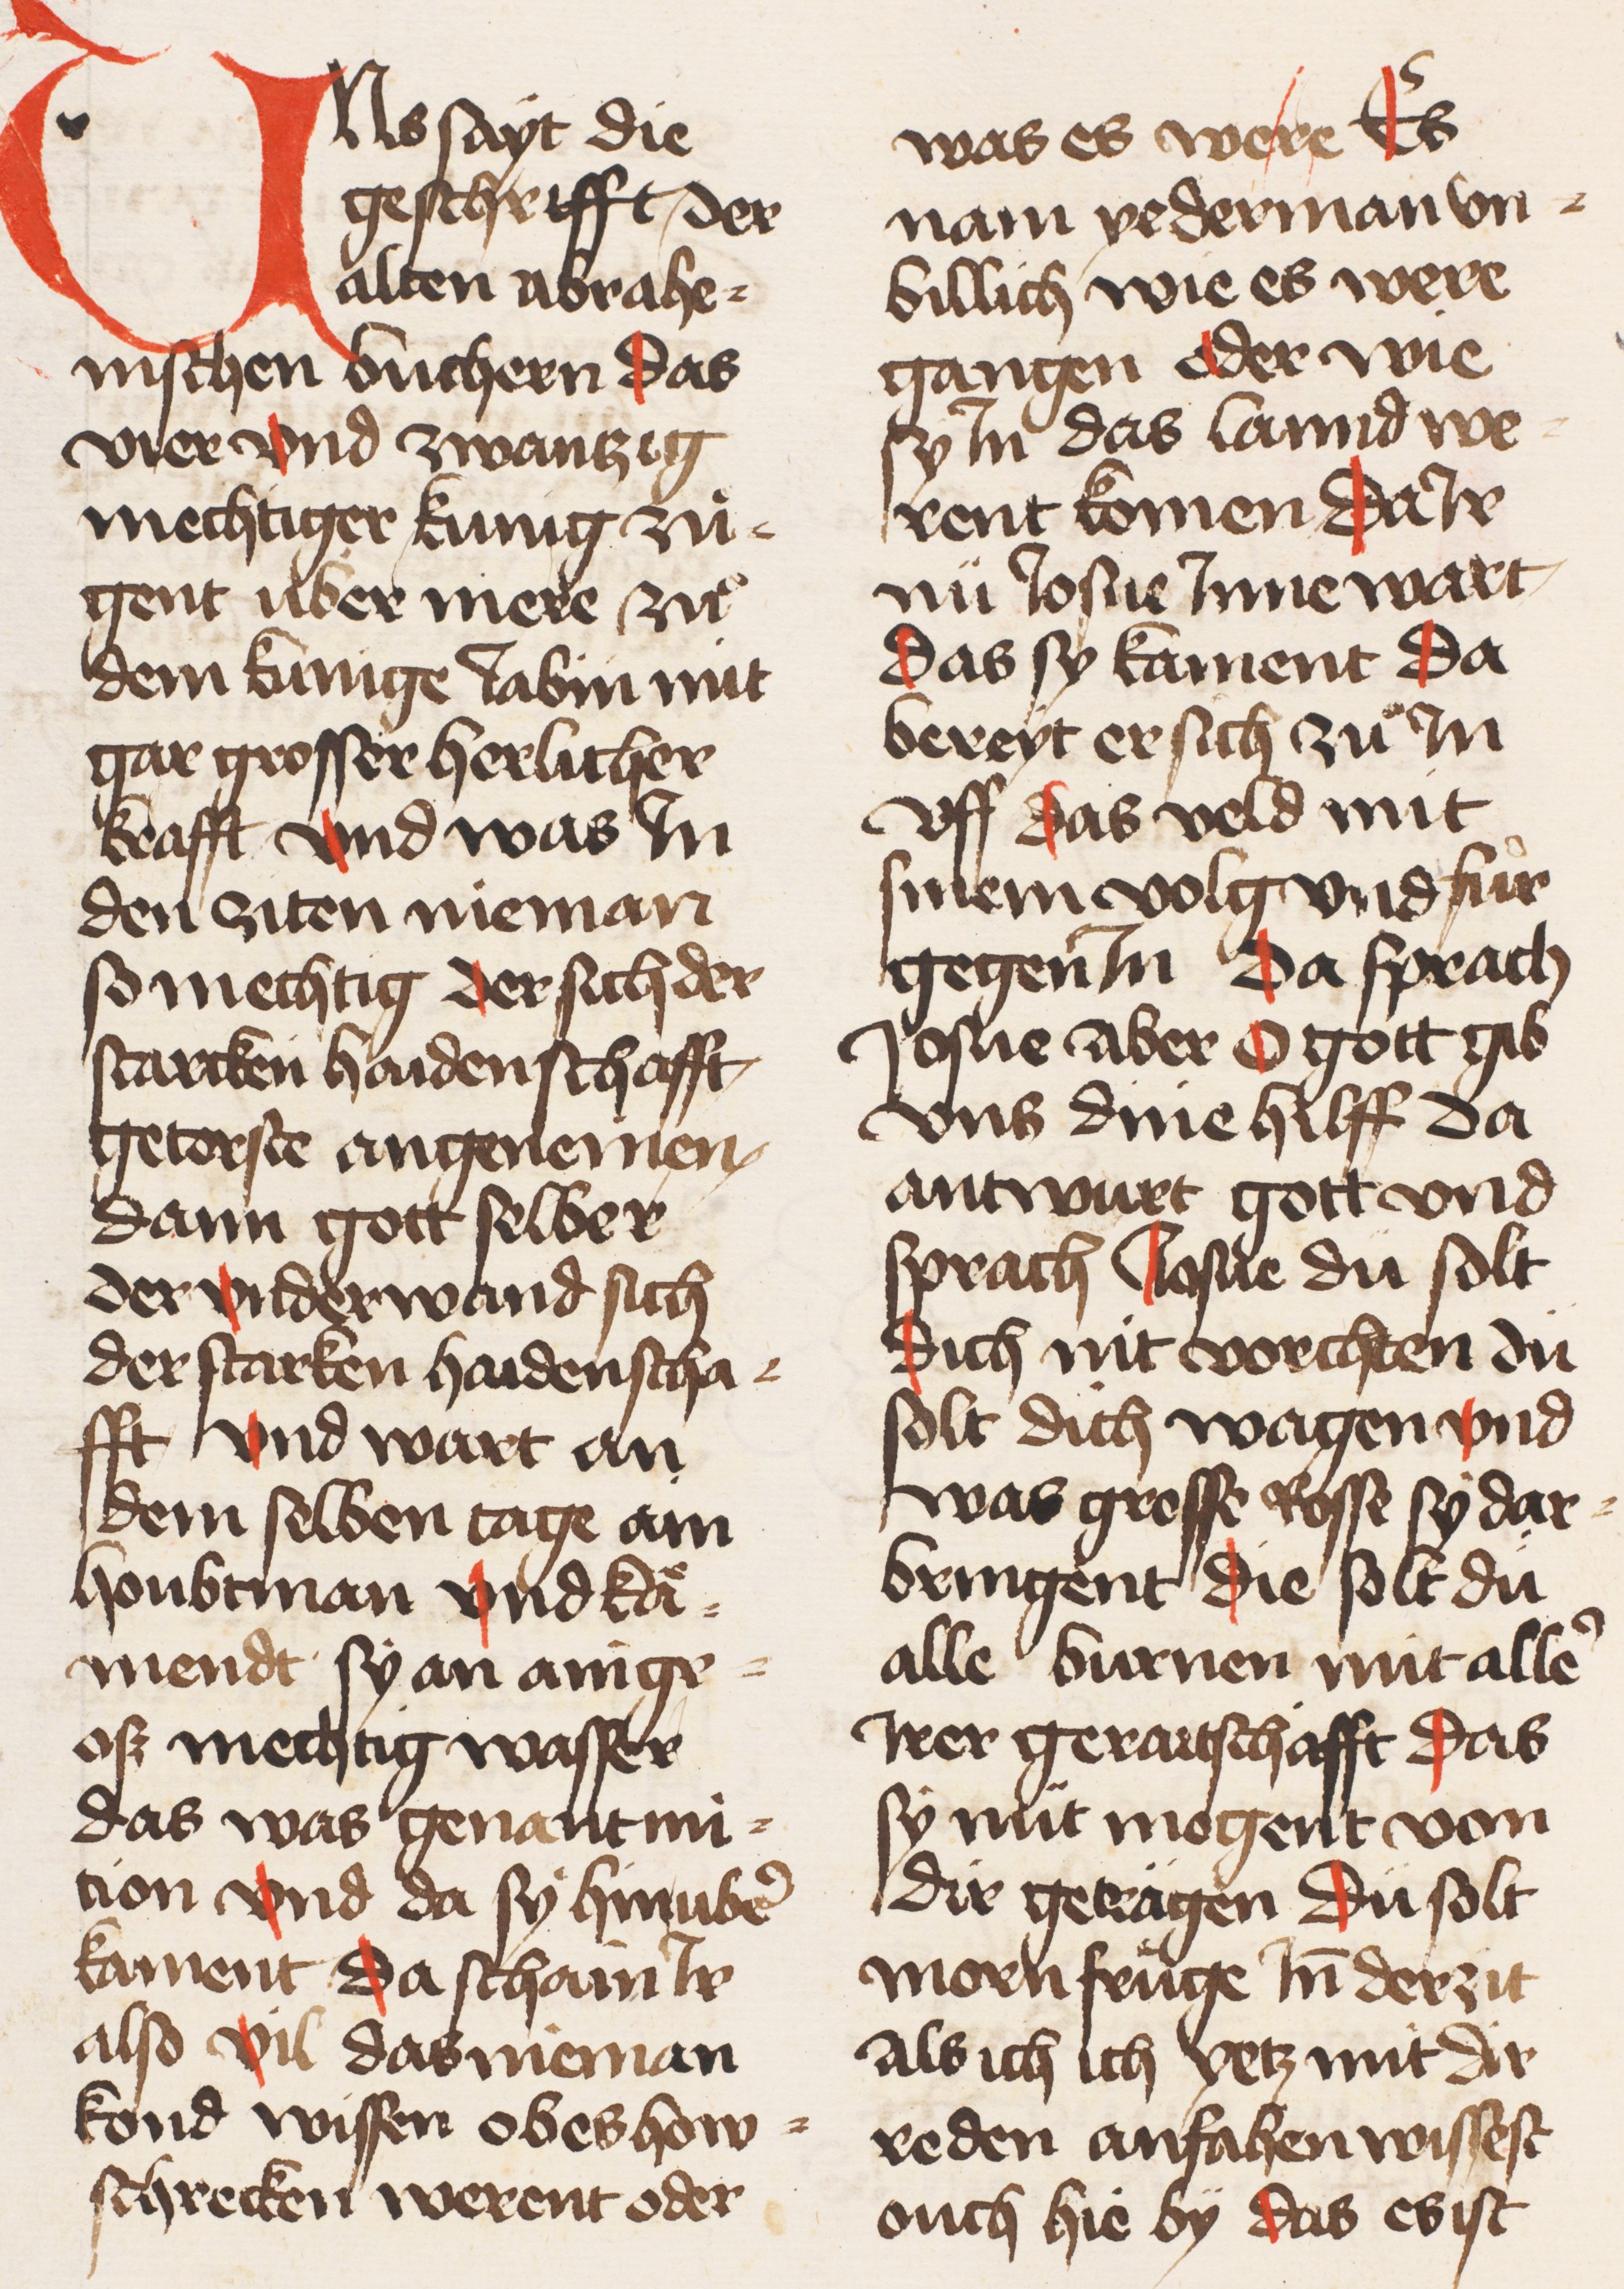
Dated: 1445–1455